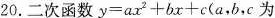
20.二次函数$$y=ax^{2}+bx+c$$(a，b，c为